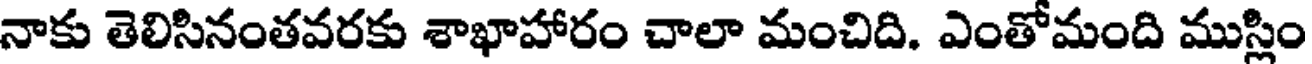
నాకు తెలిసినంతవరకు శాఖాహారం చాలా మంచిది. ఎంతోమంది ముస్లిం